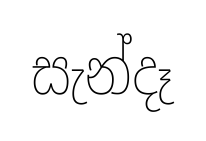
සැන්දෑ